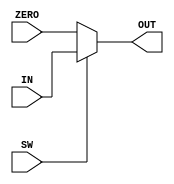
`timescale 1ns / 1ps
//////////////////////////////////////////////////////////////////////////////////
// Company: 
// Engineer: 
// 
// Design Name: 
// Module Name: mux1
// Project Name: 
// Target Devices: 
// Tool Versions: 
// Description: 
// 
// Dependencies: 
// 
// Revision:
// Revision 0.01 - File Created
// Additional Comments:
// 
//////////////////////////////////////////////////////////////////////////////////


module mux1(input SW, input [11:0] ZERO, IN, output [11:0] OUT);
    
    assign OUT = SW ? IN : ZERO; 

endmodule